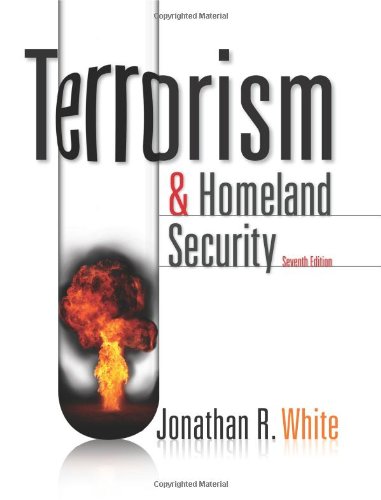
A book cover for Terrorism and Homeland Security; Jonathan R. White; Law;